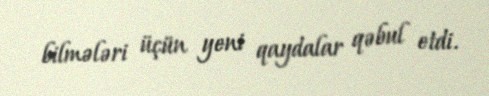
bilmələri üçün yeni qaydalar qəbul etdi.